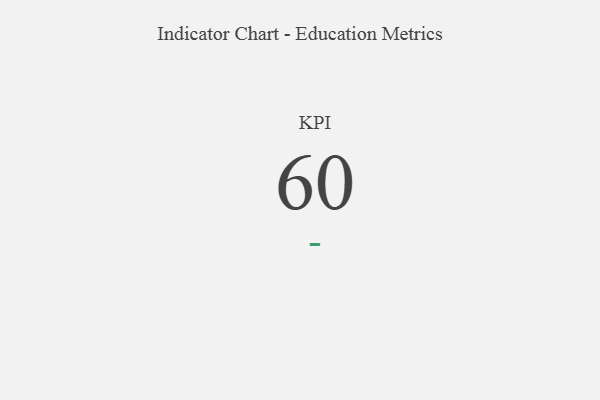
{"axis": {"x": "KPI", "y": "Value"}, "legend": [""], "data": [{"x": "KPI", "y": 60, "type": ""}]}